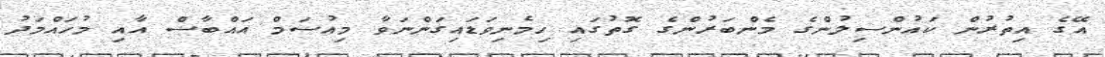
އޭގެ އިތުރުން ކައުންސިލުންގެ މެންބަރުންގެ ގޮތުގައި ހިމެނިވަޑައިގަންނަވާ މިއުސަމް އައްބާސް އާއި މުހައްމަދު